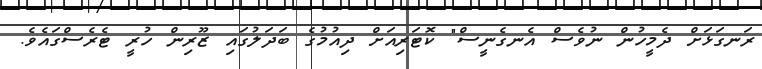
ރަނގަޅަށް ދެމީހުން ނުވެސް އެނގެނީސް" ކޮޓަރިއަށް ދިއުމުގެ ބަދަލުގައި ޒޫރިން ހުރީ ޓެރެސްގައެވެ.